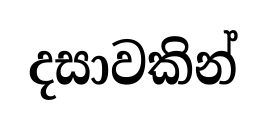
දසාවකින්